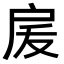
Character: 𭠅